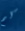
كم